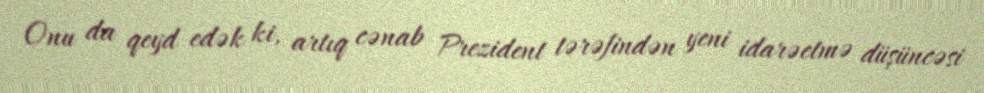
Onu da qeyd edək ki, artıq cənab Prezident tərəfindən yeni idarəetmə düşüncəsi